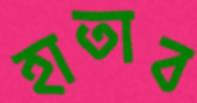
হাতাব